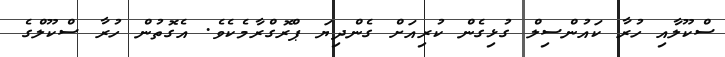
ސްކޫލާއި ހުރާ ކައުންސިލް ގުޅިގެން ކުރިއަށް ގެންދިޔަ ޕްރޮގްރާމެކެވެ. އެގޮތުން ހުރާ ސްކޫލްގެ